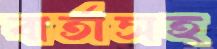
বার্তাসহ